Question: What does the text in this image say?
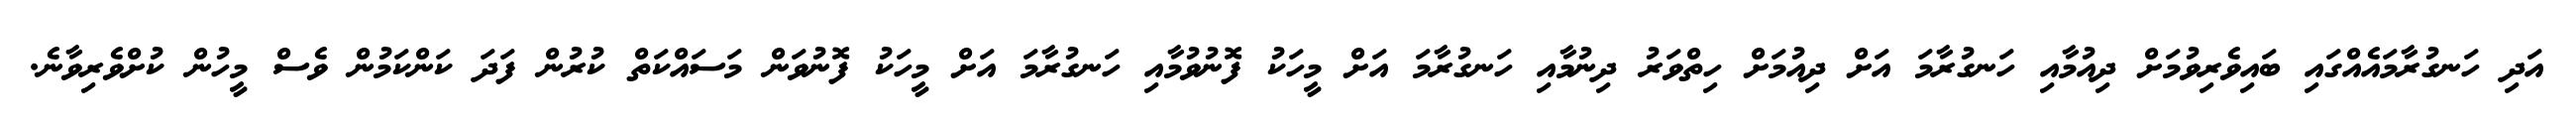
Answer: އަދި ހަނގުރާމައެއްގައި ބައިވެރިވުމަށް ދިއުމާއި ހަނގުރާމަ އަށް ދިއުމަށް ހިތްވަރު ދިނުމާއި ހަނގުރާމަ އަށް މީހަކު ފޮނުވުމާއި ހަނގުރާމަ އަށް މީހަކު ފޮނުވަން މަސައްކަތް ކުރުން ފަދަ ކަންކަމުން ވެސް މީހުން ކުށްވެރިވާނެ.